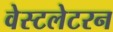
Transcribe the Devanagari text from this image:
वेस्टलेटरन